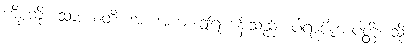
ကိစ္စကို။ သာဒယတိ၊ အံ့။ အယံ၊ ဤရဟန်းသည်။ ပါရာဇိကာပတ္တိံ၊ သို့။